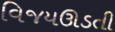
વિજયઊડતી